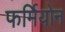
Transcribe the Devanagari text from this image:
फर्मियोन